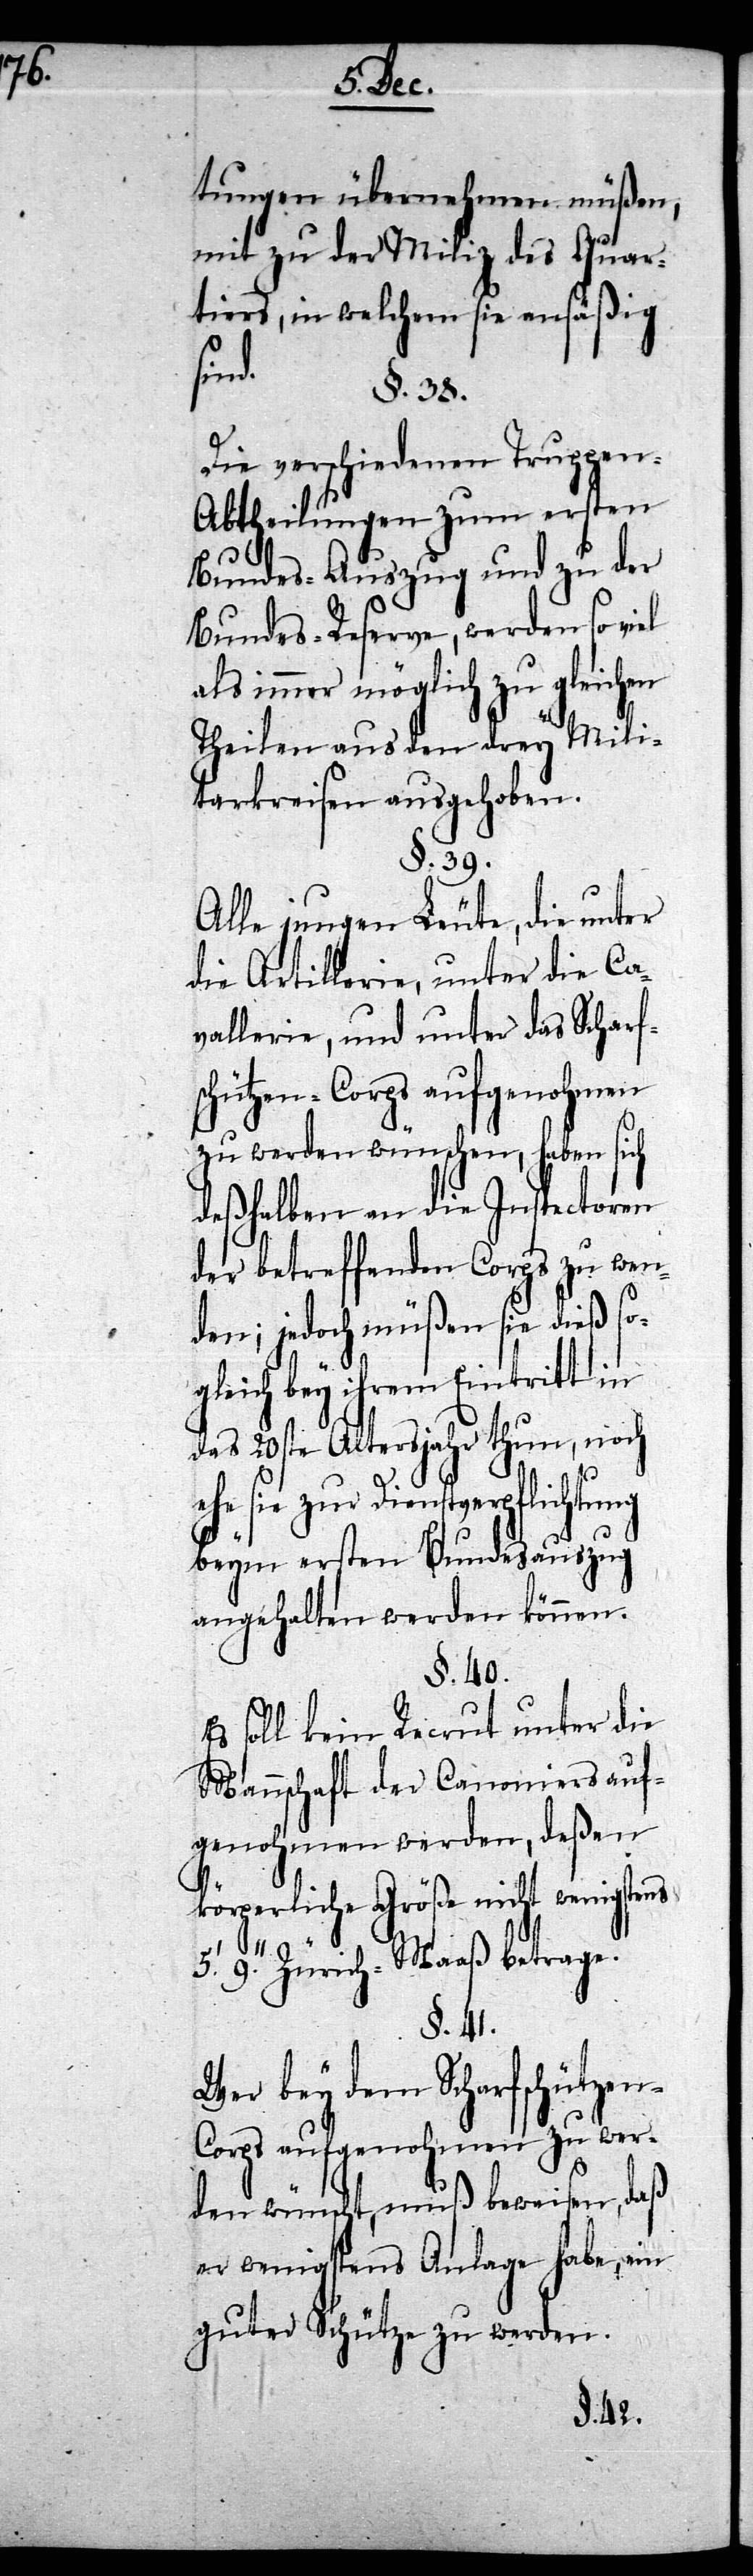
arf¬

tungen übernehmen müßen,
mit zu der Miliz des Quar¬
tiers, in welchem sie ansäßig
sind.
§. 38.
Die verschiedenen Truppen-A¬
btheilungen zum ersten
Bundes-Auszug und zu der
Bundes-Reserve, werden so viel
als immer möglich zu gleichen
Theilen aus den drey Mili¬
tarkreisen ausgehoben.
§. 39.
Alle jungen Leute, die unter
die Artillerie, unter die
vallerie, und unter das Sch¬
schützen-Corps aufgenohmen
zu werden wünschen, haben sich
deßhalben an die Inspectoren
der betreffenden Corps zu wen¬
den; jedoch müßen sie dieß s¬
ogleich bey ihrem Eintritt in
das 20ste Altersjahr thun, noch
ehe sie zur Dienstverpflichtung
beym ersten Bundesauszug
angehalten werden können.
§. 40.
Es soll kein Recrut unter die
Mannschaft der Canoniers auf¬
genohmen werden, deßen
körperliche Größe nicht wenigstens
9.’’ Zürich-Maaß betrage.
§. 41.
Wer bey dem Scharfschützen-C¬
orps aufgenohmen zu wer¬
den wünscht, muß beweisen, daß
er wenigstens Anlage habe, ein
guter Schütze zu werden.